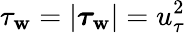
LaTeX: \tau_{\mathbf{w}}=|\boldsymbol\tau_{\mathbf{w}}|=u_{\tau}^{2}